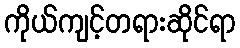
ကိုယ်ကျင့်တရားဆိုင်ရာ